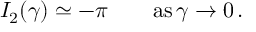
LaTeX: I _ { 2 } ( \gamma ) \simeq - \pi \qquad \mathrm { a s } \, \gamma \to 0 \, .